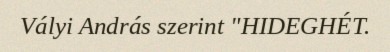
Vályi András szerint "HIDEGHÉT.